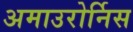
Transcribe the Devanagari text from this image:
अमाउरोर्निस